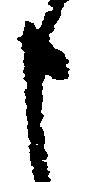
申